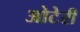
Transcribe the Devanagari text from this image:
ओटेरी